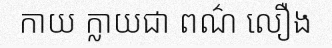
កាយ ក្លាយជា ពណ៌ លឿង